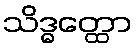
သိဒ္ဓတ္ထော